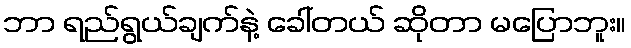
ဘာ ရည်ရွယ်ချက်နဲ့ ခေါ်တယ် ဆိုတာ မပြောဘူး။